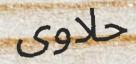
حلاوى